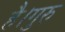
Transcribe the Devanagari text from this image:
है।गुरु